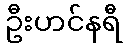
ဦးဟင်နရီ